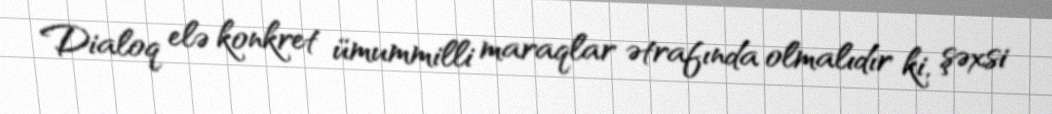
Dialoq elə konkret ümummilli maraqlar ətrafında olmalıdır ki, şəxsi